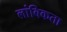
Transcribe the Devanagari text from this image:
लांबिकता